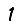
Digit: 1